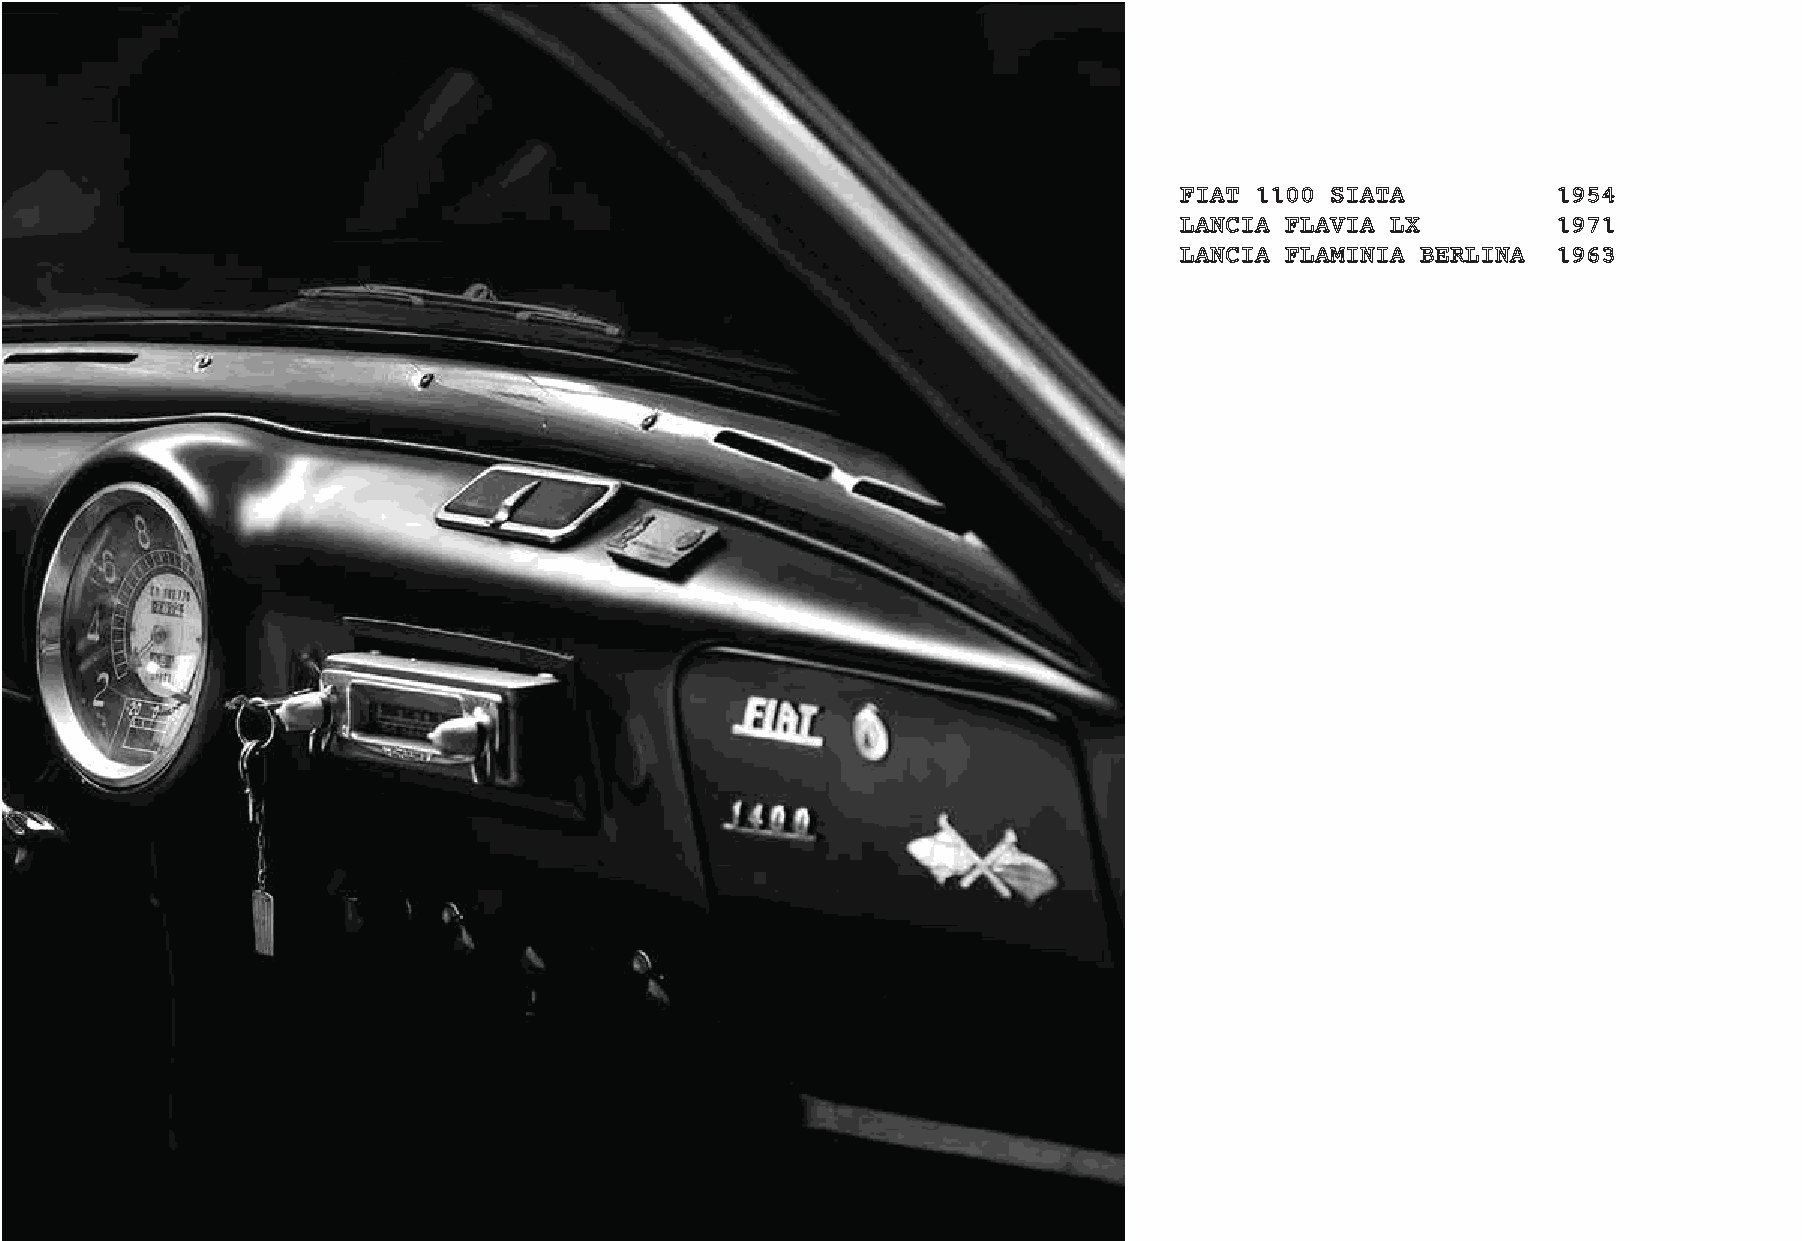
FIAT 1100 SIATA          1954
 LANCIA FLAVIA LX         1971
 LANCIA FLAMINIA BERLINA  1963